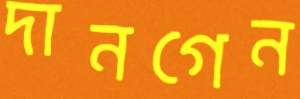
দানগেন